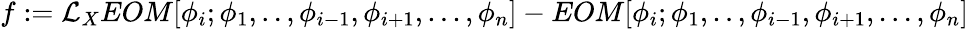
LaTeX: f:=\mathcal{L}_{X}EOM[\phi_{i};\phi_{1},..,\phi_{i-1},\phi_{i+1},...,\phi_{n}]-EOM[\phi_{i};\phi_{1},..,\phi_{i-1},\phi_{i+1},...,\phi_{n}]